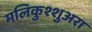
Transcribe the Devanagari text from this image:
मलिकुश्शुअरा